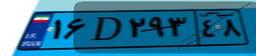
۱۶D۲۹۳۴۸